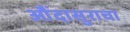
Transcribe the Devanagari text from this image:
औंदासुराचा